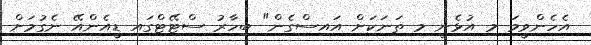
އެހެންވީމަ މި އުޅެނީ މި ތަނަކަށް އައިސްގެން" ބިހާރު ސްޓޭޓްގައި ޑީއެންއޭ ނެގުމަށް